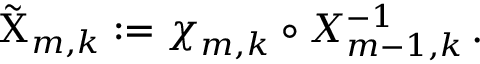
\tilde { \Chi } _ { m , k } : = { \boldsymbol { \chi } } _ { m , k } \circ X _ { m - 1 , k } ^ { - 1 } \, .